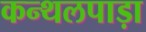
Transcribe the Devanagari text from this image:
कन्थलपाड़ा